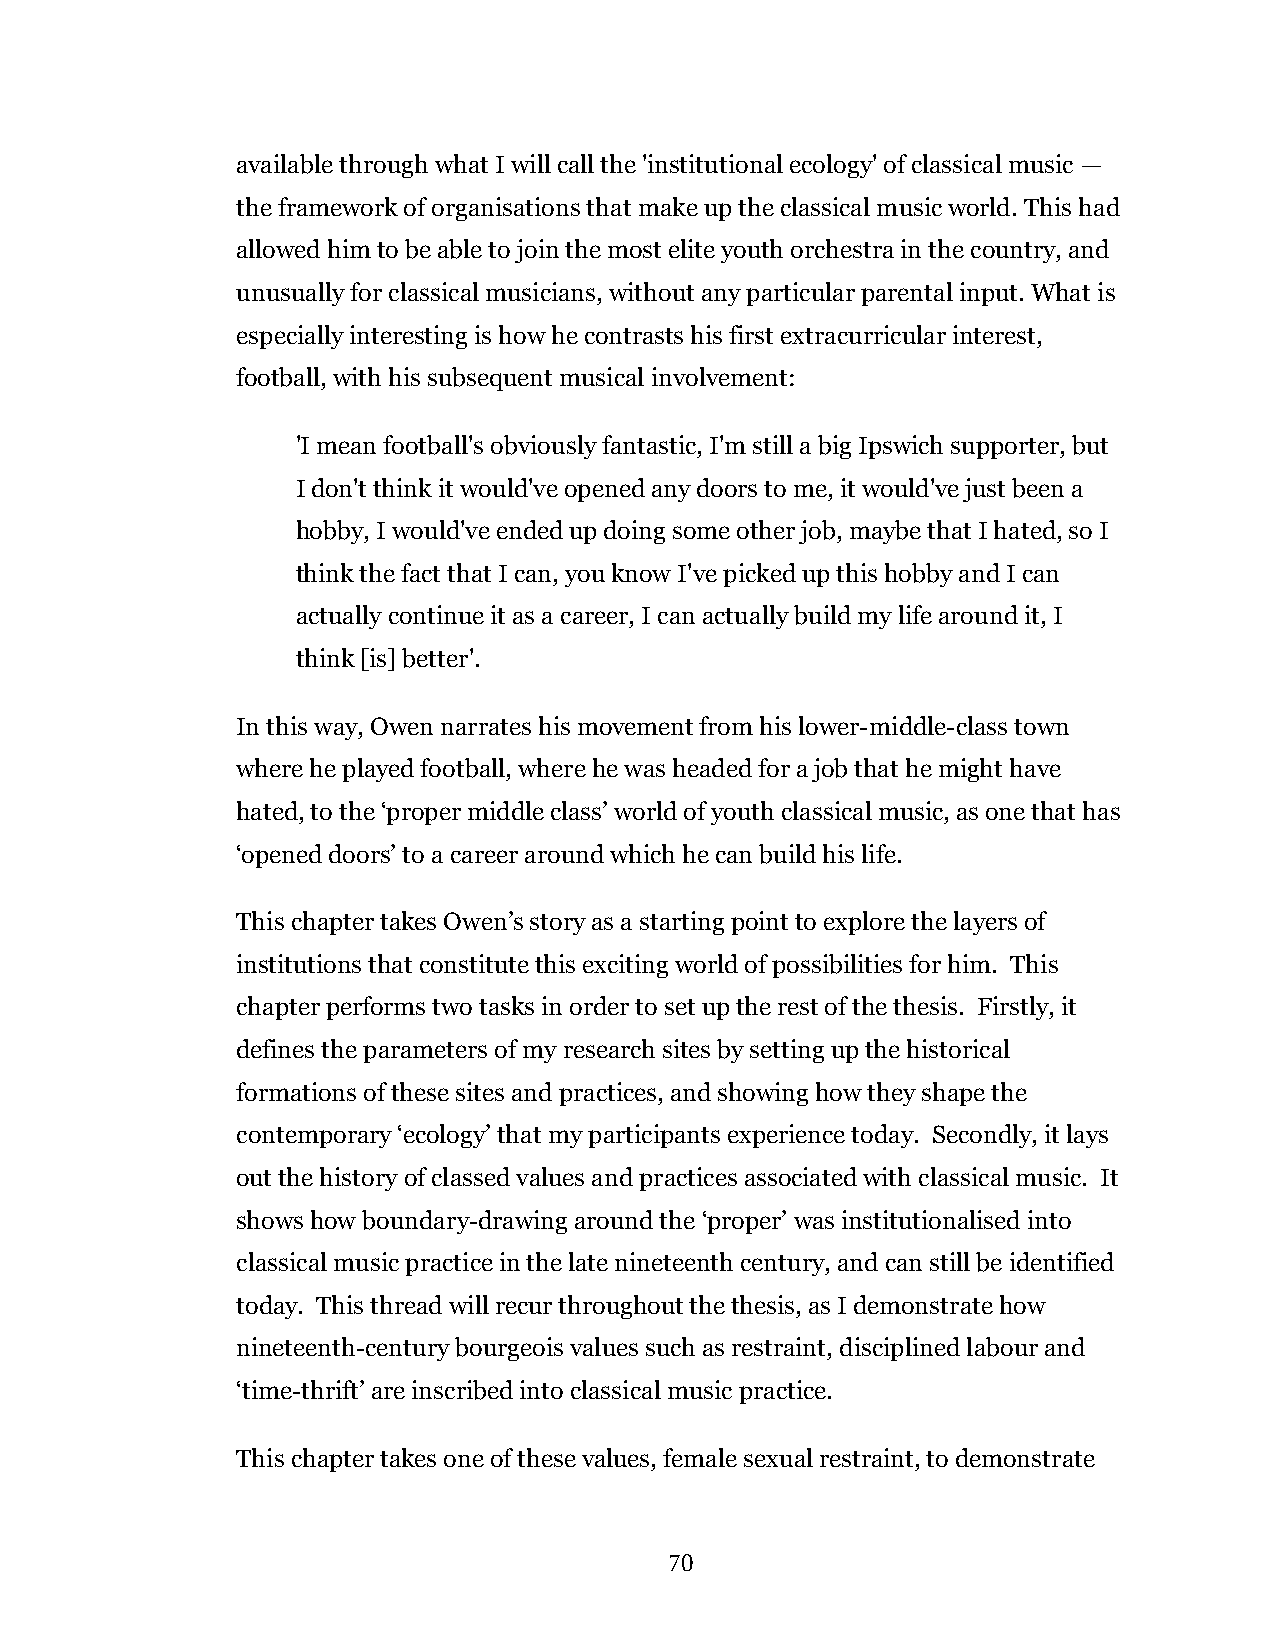
available through what I will call the 'institutional ecology' of classical music —
 the framework of organisations that make up the classical music world. This had
 allowed him to be able to join the most elite youth orchestra in the country, and
 unusually for classical musicians, without any particular parental input. What is
 especially interesting is how he contrasts his first extracurricular interest,
 football, with his subsequent musical involvement:
 'I mean football's obviously fantastic, I'm still a big Ipswich supporter, but
 I don't think it would've opened any doors to me, it would've just been a
 hobby, I would've ended up doing some other job, maybe that I hated, so I
 think the fact that I can, you know I've picked up this hobby and I can
 actually continue it as a career, I can actually build my life around it, I
 think [is] better'.
 In this way, Owen narrates his movement from his lower-middle-class town
 where he played football, where he was headed for a job that he might have
 hated, to the ‘proper middle class’ world of youth classical music, as one that has
 ‘opened doors’ to a career around which he can build his life.
 This chapter takes Owen’s story as a starting point to explore the layers of
 institutions that constitute this exciting world of possibilities for him. This
 chapter performs two tasks in order to set up the rest of the thesis. Firstly, it
 defines the parameters of my research sites by setting up the historical
 formations of these sites and practices, and showing how they shape the
 contemporary ‘ecology’ that my participants experience today. Secondly, it lays
 out the history of classed values and practices associated with classical music. It
 shows how boundary-drawing around the ‘proper’ was institutionalised into
 classical music practice in the late nineteenth century, and can still be identified
 today. This thread will recur throughout the thesis, as I demonstrate how
 nineteenth-century bourgeois values such as restraint, disciplined labour and
 ‘time-thrift’ are inscribed into classical music practice.
 This chapter takes one of these values, female sexual restraint, to demonstrate
 70